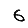
Digit: 6